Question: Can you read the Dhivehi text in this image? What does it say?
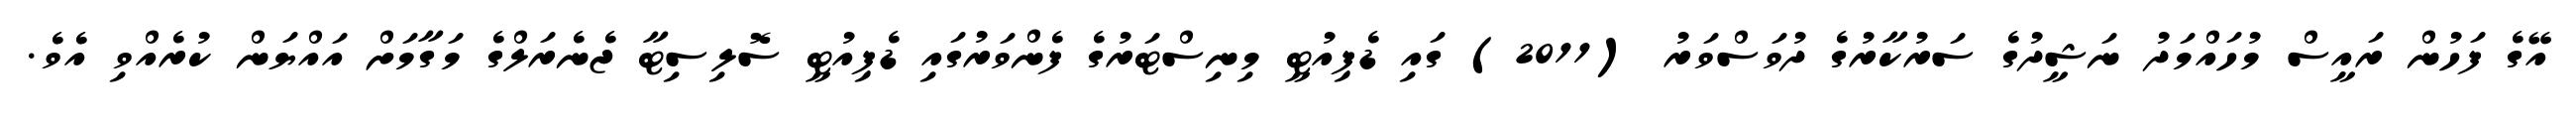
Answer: އޭގެ ފަހުން ރައީސް މުހައްމަދު ނަޝީދުގެ ސަރުކާރުގެ ދުވަސްވަރު (2011) ގައި ޑެޕިއުޓީ މިނިސްޓަރުގެ ފެންވަރުގައި ޑެޕިއުޓީ ސޮލިސިޓާ ޖެނެރަލްގެ މަގާމަށް އައްޔަން ކުރެއްވި އެވެ.